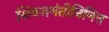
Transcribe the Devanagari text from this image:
शिवजयंतीनिमित्त